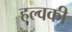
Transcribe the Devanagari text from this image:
हल्वकी